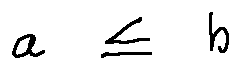
a \leq b